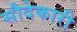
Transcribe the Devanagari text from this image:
सौदेकारी